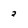
Character: 2